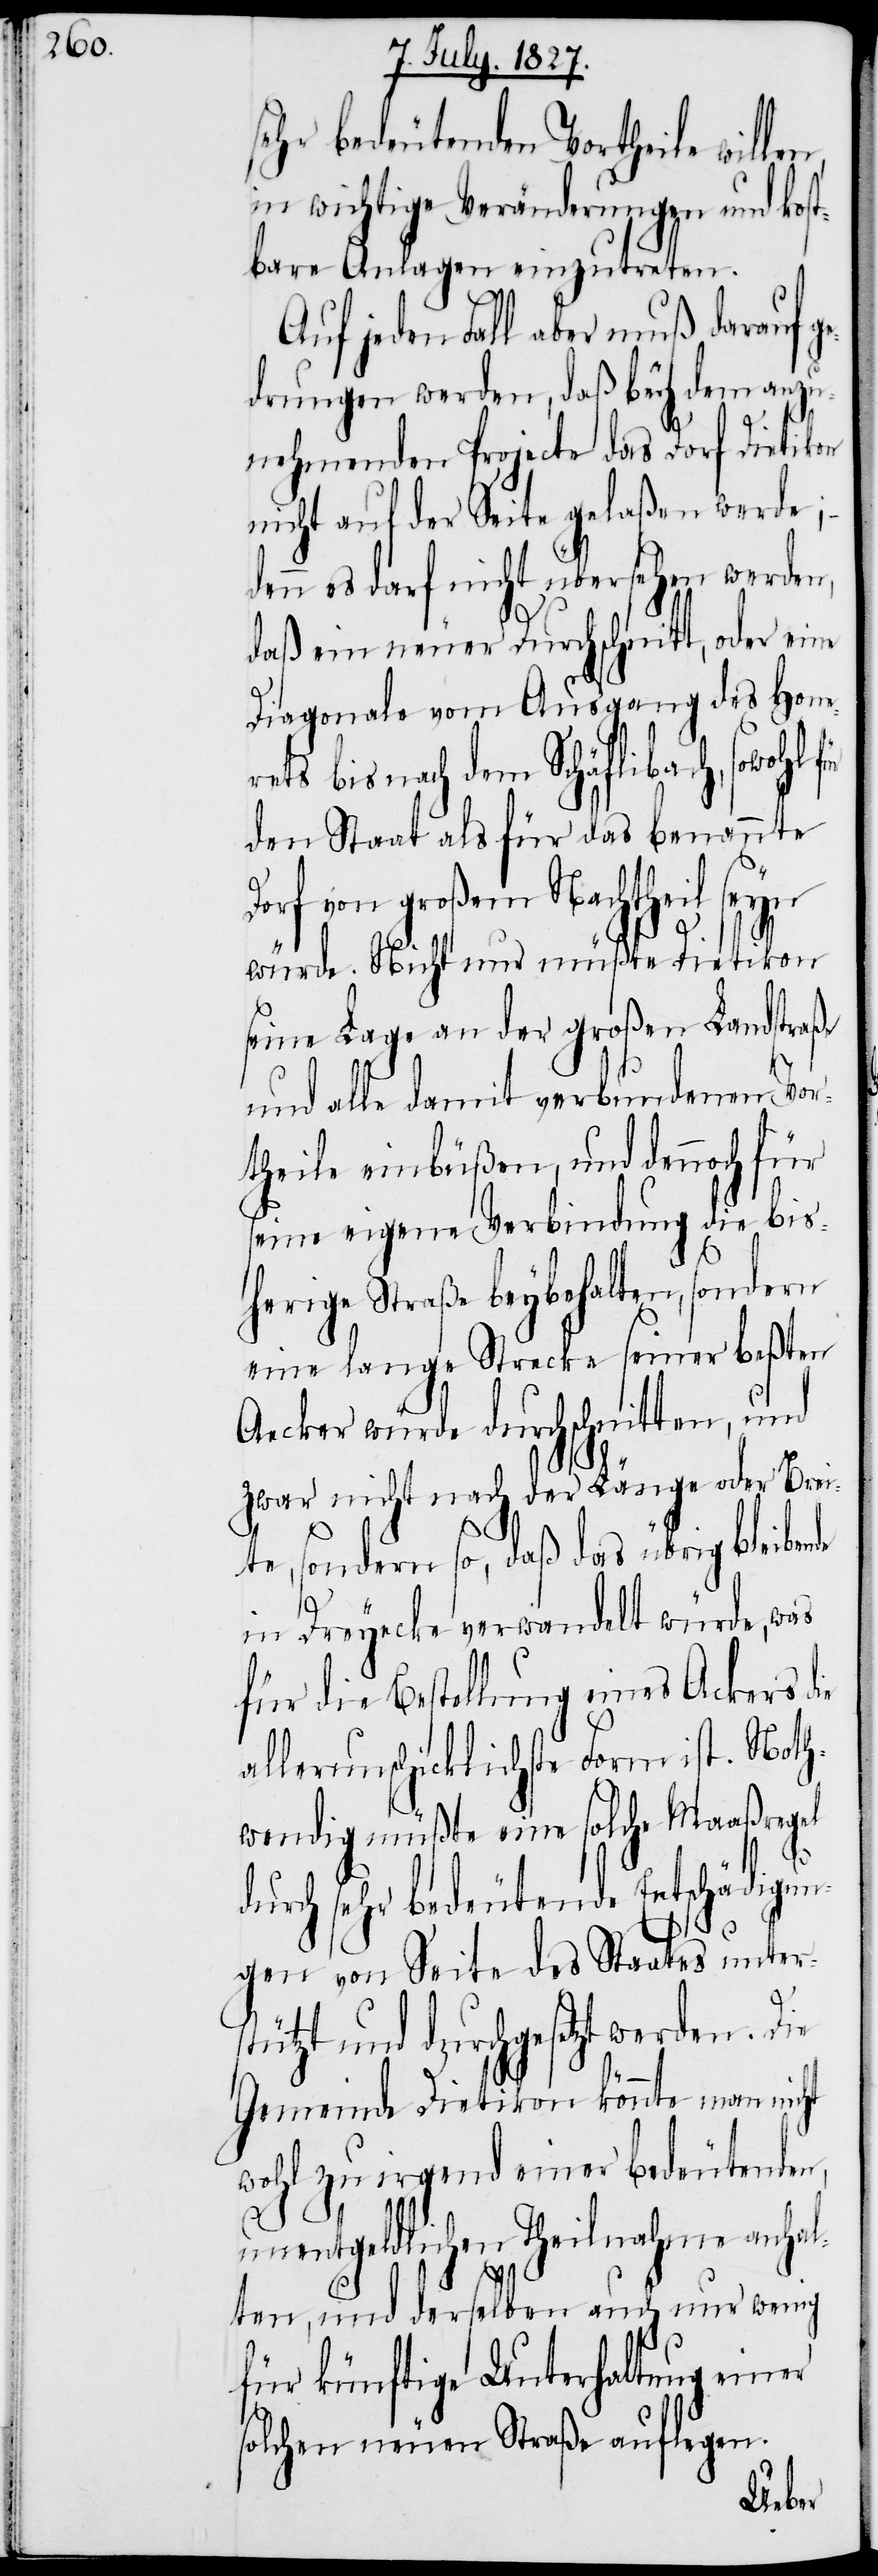
sehr bedeutenden Vortheil willen,
in wichtige Veränderungen und kost¬
bare Anlagen einzutreten.
Auf jeden Fall aber muß darauf g¬
edrungen werden, daß bey dem anzu¬
nehmenden Projecte das Dorf Dietikon
nicht auf der Seite gelaßen werde;
denn es darf nicht übersehen werden,
daß ein neuer Durchschnitt, oder eine
Diagonale vom Ausgang des Hone¬
rets bis nach dem Schäflibach, sowohl
den Staat als für das benannte
Dorf von großen Nachtheil seyn
el
würde. Nicht nur müßte Dietikon
seine Lage an der großen Landstra¬
und alle damit verbundenen Vor¬
theile einbüßen, und dennoch für
seine eigene Verbindung die bis¬
herige Straße beybehalten, sondern
eine lange Strecke seiner beßten
Aecker würde durchgeschnitten, und
zwar nicht nach der Länge oder Bre¬
ite, sondern so, daß das übrig bleiben¬
in Dreyecke verwandelt würde, was
für die Bestellung eines Ackers die
allerunschicklichste Form ist. Noth¬
wendig müßte eine solche Maaßreg¬
durch sehr bedeutende Entschädigun¬
gen von Seite des Staates unter¬
stützt und durchgesetzt werden. Die
Gemeinde Dietikon könnte man nicht
wohl zu irgend einer bedeutenden,
unentgeldlichen Theilnahme anhal¬
ten, und derselben auch nur wenig
für künftige Unterhaltung einer
solchen neuen Straße auflegen.